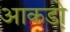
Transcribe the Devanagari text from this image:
आकडो़